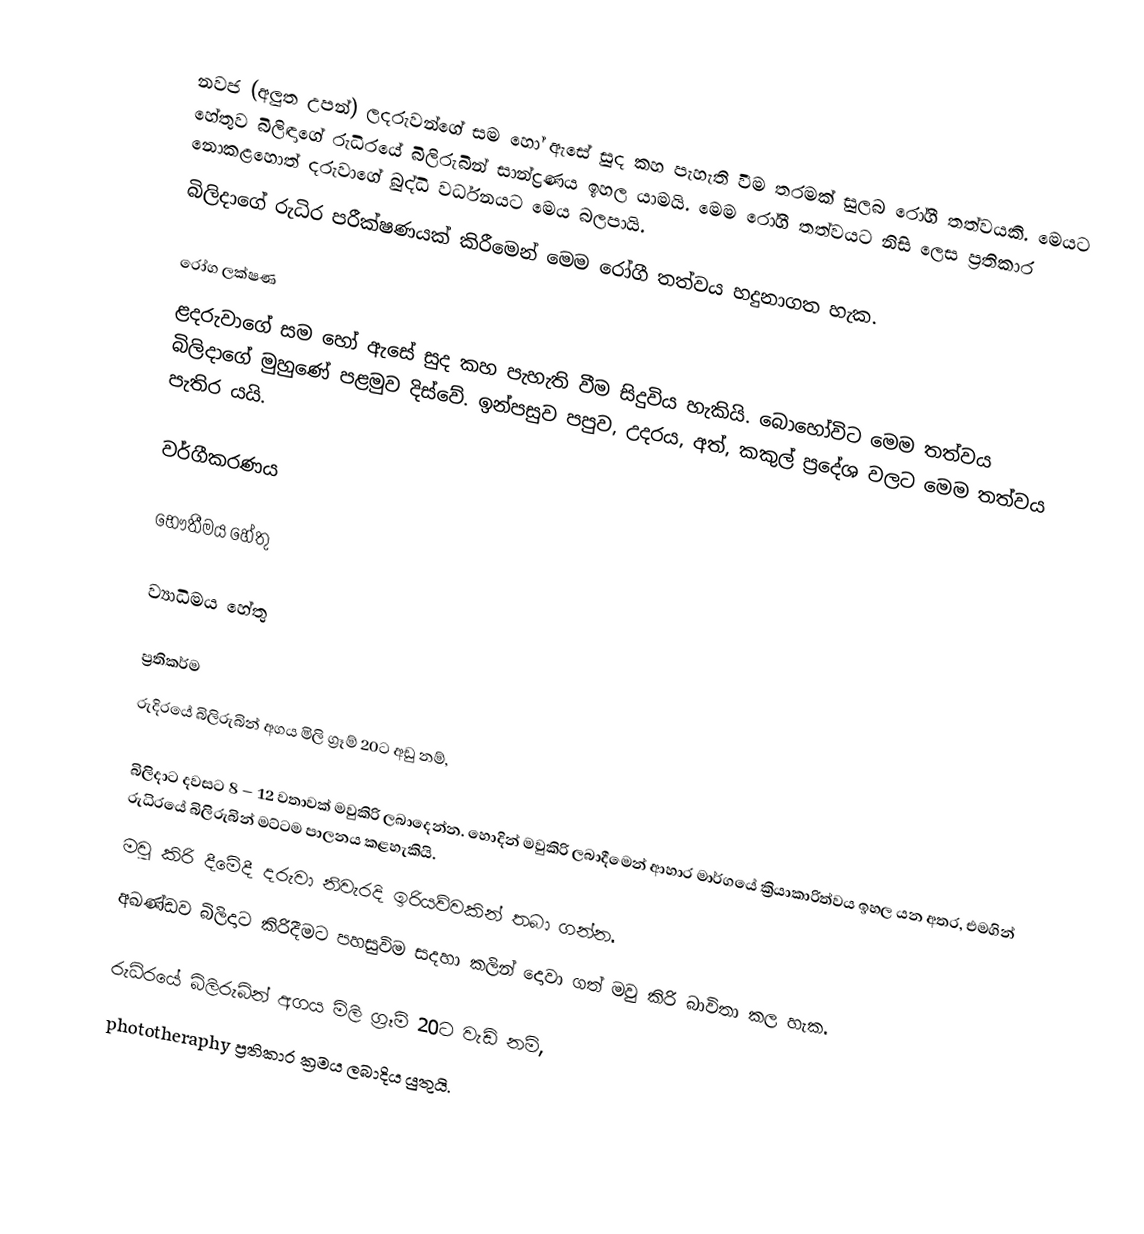
නවජ (අලුත උපන්) ලදරුවන්ගේ සම හෝ ඇසේ සුද කහ පැහැති වීම තරමක් සුලබ රෝගී තත්වයකි. මෙයට හේතුව බිලිඳාගේ රුධිරයේ බිලිරුබින් සාන්ද්‍රණය ඉහල යාමයි. මෙම රෝගී තත්වයට නිසි ලෙස ප්‍රතිකාර නොකළහොත් දරුවාගේ බුද්ධි වර්ධනයට මෙය බලපායි.
බිලිදාගේ රුධිර පරීක්ෂණයක් කිරීමෙන් මෙම රෝගී තත්වය හදුනාගත හැක.

රෝග ලක්ෂණ
ළදරුවාගේ සම හෝ ඇසේ සුද කහ පැහැති වීම සිදුවිය හැකියි. බොහෝවිට මෙම තත්වය බිලිදාගේ මුහුණේ පළමුව දිස්වේ. ඉන්පසුව පපුව, උදරය, අත්, කකුල් ප්‍රදේශ වලට මෙම තත්වය පැතිර යයි.

වර්ගීකරණය

භෞතීමය හේතු

ව්‍යාධිමය හේතු

ප්‍රතිකර්ම
රුදිරයේ බිලිරුබින් අගය මිලි ග්‍රෑම්  20ට අඩු නම්,

බිලිදාට දවසට 8 – 12 වතාවක් මවුකිරි ලබාදෙන්න. හොදින් මවුකිරි ලබාදීමෙන් ආහාර මාර්ගයේ ක්‍රියාකාරිත්වය ඉහල යන අතර, එමගින් රුධිරයේ බිලිරුබින් මට්ටම පාලනය කළහැකියි.
මවු කිරි දීමේදී දරුවා නිවැරදි ඉරියව්වකින් තබා ගන්න.
අඛණ්ඩව බිලිදාට කිරිදීමට පහසුවිම සදහා කලින් දොවා ගත් මවු කිරි බාවිතා කල හැක.

රුධිරයේ බිලිරුබින් අගය මිලි ග්‍රෑම්  20ට වැඩි නම්,
phototheraphy ප්‍රතිකාර ක්‍රමය ලබාදිය යුතුයි.